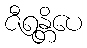
ဇီရန္တိပေ